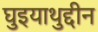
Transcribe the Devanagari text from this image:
घुइयाथुद्दीन